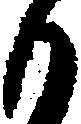
も